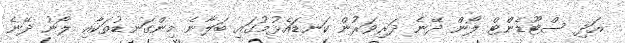
އަދި ސްޓޫޑެންޓް ލޯން ދޭނެ ދަރިވަރުން ކަނޑައެޅުމުގައި ބަލާނެ މިންގަނޑުތަކާއި ލޯނު ދޭނެ